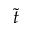
\tilde { t }